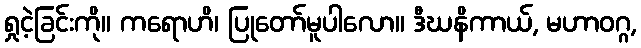
ရှုငဲ့ခြင်းကို။ ကရောဟိ၊ ပြုတော်မူပါလော။ ဒီဃနိကာယ်, မဟာဝဂ္ဂ,